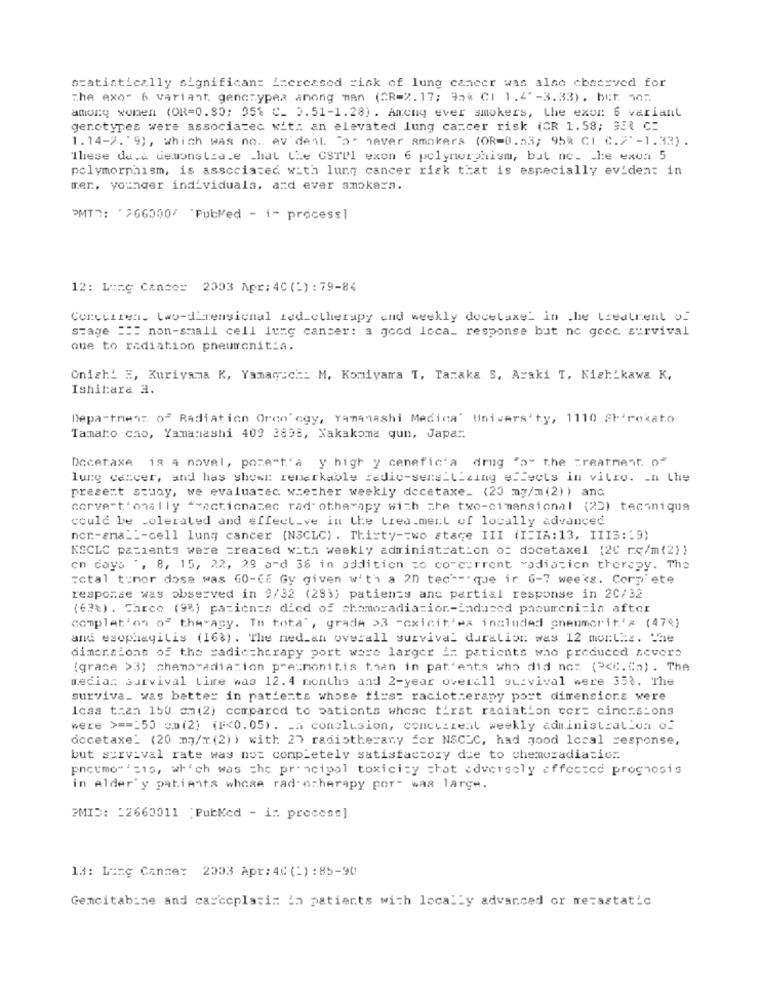
statistically significant increased =ink of lung cancer was also cbaceved for
The exo" 6 variant. genczypea among man (CR=2.17; 92* CI 1.4" -3.33), but. no:
among women (OR=0. 80; 95% C_ 2.51-1.28) . Ameny ever smokers, the exon 6 variant
genotypes were associated with an elevated lung cancer risk (CR 1.58; 951 C:
1.14-7. 9), which was no. ev dent. ">" never smokers (OR=0.53; 95% CI C.7'-1.33) .
These de.e demonstra.e _hal Lie CSTP1 exon 6 polymorphism, but nc_ _ le exon 5
polymorphism, is associated with lung cancer risk that is especially eviden: in
mer, younger individuala, and ever smokera.
PMT ?: "766000/ Pulled - i- process]
12: Lung Cance= 2003 Apr: 4C (-) : 79-84
Concurren. Lwo-d rensicmal Led-otherapy and weekly docetaxel in the treatment of
stage :" non-small cell lung cancer: a good loca_ response but no gocc survival
Que to radiation pneumonitia.
Onish! #, Kuriyama K, Yamagich: M, Komiyara T, Tanaka S, Araki T, Kichikawa K,
Ishihara a.
Department of Radiation Orco' egy, Yamanashi Medica' Univers'ty, 1110 AF rokato
Tammaro cho, Yamanashi 409 2898, Nakakoma qun, Japa :.
Docetaxe is a novel, pozemt'a y high y cenefic' a drug "o" the treatment. o"
lung cancer, and has shown remarkable radic-sers_Lizing effects in vitro. In the
present study, we evaluatec. whether weekly docetaxe_ (20 mg/m(2) ) and
corve t'onally ">acticnazec radi otherapy with the two-cimansional (22) technique
could be tolerated and effect_ve in the Lied.mert of locally advanced
non-sma __- cell lung cancer (NSCLC) . Thisty-two stage III (I=IA:13, III3:'9)
KSCLC patients were created with weekly administration of docetaxel (20 rq/m(2) )
en days ', 8, 15, 22, 29 and 36 in addition to concurrent radiation therapy. The
:ctal tumor dose was GO-GE Gy given w't'h a 20 tech -. que ir 6-7 weeks. Corn'ete
response was observed in 9/32 (283) patients and partial response in 2C/32
(63%) . Chrco (9%) pazienza died of chomoradia=ior-induced pacurreni=in after
complet'on of the-agy. In tota", grade >3 -cxicit'ex included pneumorit's (47%)
and esophagitis (168). The ned_an overall survival daralist was 12 mortiz. The
dimensions of the radictherapy port were larger i= patients who preduced severs
(grace >3) chamoradiation presmonitis than in pat ents who did no: (><C. Co) . The
median survival Lime was 12.4 months and 2-year overall survival were 35t. The
surviva_ was better in patients whose firs: raciotherapy port dimensions were
Icas than 150 cm(2) compared to patients whese first radiation cer= cincrs_ons
were > === 50 cm(2) (F<0. 05). La conclusion, concurrent weekly administration of
accetaxe_ (20 my/x(2)) with 27 radiotherany for NSCLC, had good local response,
but survival rate was nos completely satisfactory due to chemoradiacio ..
pneumo" 'sis, which was the principal toxicity that adversely effectce prognosis
in Alder' y patients where rad- otherapy por- was large.
PMID: 12660011 ;PubMed - in process]
13: Lung Cance: 2003 Apr: 4C (=) : 85-90
Gemcitabine and carcoplasim in patients with locally advanced or metastatic